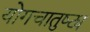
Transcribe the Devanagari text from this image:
योगचातुष्ट्य